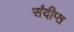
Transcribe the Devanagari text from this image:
संदीप्त